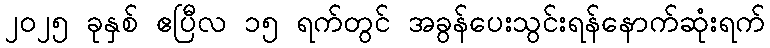
၂၀၂၅ ခုနှစ် ဧပြီလ ၁၅ ရက်တွင် အခွန်ပေးသွင်းရန်နောက်ဆုံးရက်